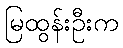
မြထွန်းဦးက